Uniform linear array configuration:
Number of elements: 8
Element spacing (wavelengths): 0.25
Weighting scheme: exponential
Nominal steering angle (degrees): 15
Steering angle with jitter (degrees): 14.035
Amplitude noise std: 0.05
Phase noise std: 0.05

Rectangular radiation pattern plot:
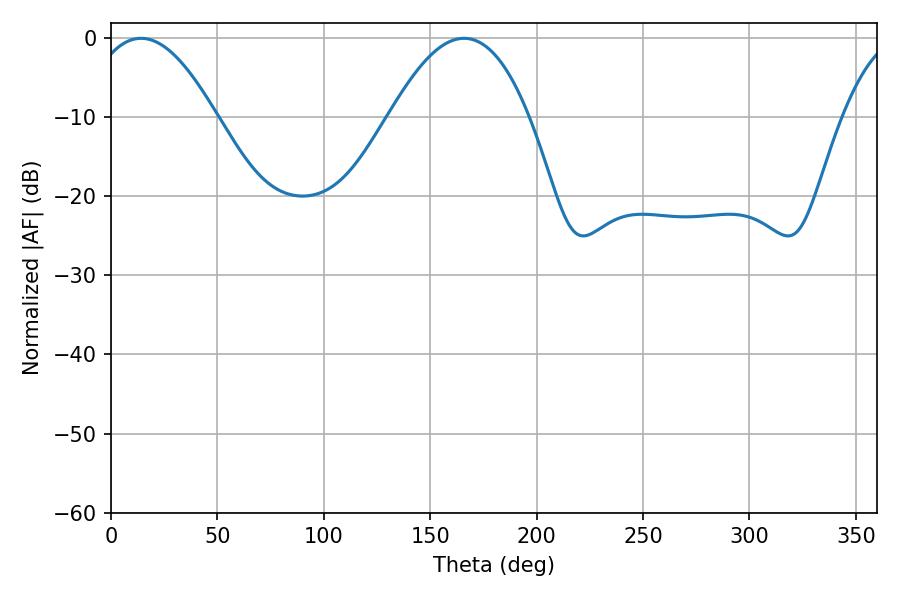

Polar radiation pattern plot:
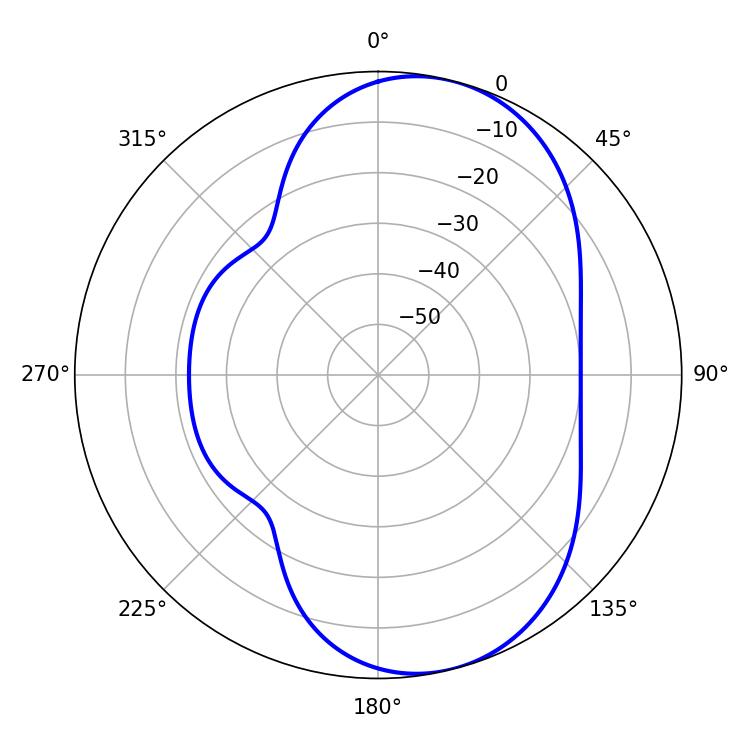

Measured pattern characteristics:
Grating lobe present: FALSE
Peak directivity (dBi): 7.444
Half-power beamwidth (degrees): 32.76
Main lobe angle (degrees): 14.04